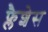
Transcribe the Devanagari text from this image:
फ्लैशेस